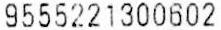
9555221300602